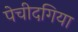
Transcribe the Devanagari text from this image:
पेचीदगिया